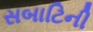
સબાટિની